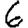
Digit: 6